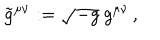
\tilde { g } ^ { \mu \nu } : = \sqrt { - g } \: g ^ { \mu \nu } \, ,